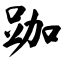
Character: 跏